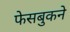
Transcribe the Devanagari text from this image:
फेसबुकने